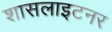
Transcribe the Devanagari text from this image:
शासलाइटनर